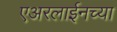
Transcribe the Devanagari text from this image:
एअरलाईनच्या